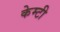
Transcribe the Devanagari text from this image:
केम्टी